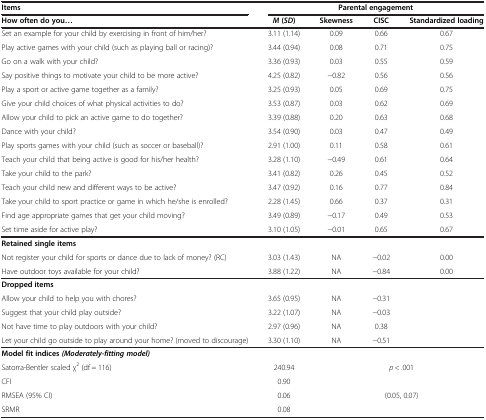
<table><thead><tr><td><b>Items</b></td><td colspan="4"><b>Parental engagement</b></td></tr><tr><td><b>How often do you...</b></td><td><b><i>M </i>( <i>SD </i>)</b></td><td><b>Skewness</b></td><td><b>CISC</b></td><td><b>Standardized loading</b></td></tr></thead><tbody><tr><td>Set an example for your child by exercising in front of him/her?</td><td>3.11 (1.14)</td><td>0.09</td><td>0.66</td><td>0.67</td></tr><tr><td>Play active games with your child (such as playing ball or racing)?</td><td>3.44 (0.94)</td><td>0.08</td><td>0.71</td><td>0.75</td></tr><tr><td>Go on a walk with your child?</td><td>3.36 (0.93)</td><td>0.03</td><td>0.55</td><td>0.59</td></tr><tr><td>Say positive things to motivate your child to be more active?</td><td>4.25 (0.82)</td><td>-0.82</td><td>0.56</td><td>0.56</td></tr><tr><td>Play a sport or active game together as a family?</td><td>3.25 (0.93)</td><td>0.05</td><td>0.69</td><td>0.75</td></tr><tr><td>Give your child choices of what physical activities to do?</td><td>3.53 (0.87)</td><td>0.03</td><td>0.62</td><td>0.69</td></tr><tr><td>Allow your child to pick an active game to do together?</td><td>3.39 (0.88)</td><td>0.20</td><td>0.63</td><td>0.68</td></tr><tr><td>Dance with your child?</td><td>3.54 (0.90)</td><td>0.03</td><td>0.47</td><td>0.49</td></tr><tr><td>Play sports games with your child (such as soccer or baseball)?</td><td>2.91 (1.00)</td><td>0.11</td><td>0.58</td><td>0.61</td></tr><tr><td>Teach your child that being active is good for his/her health?</td><td>3.28 (1.10)</td><td>-0.49</td><td>0.61</td><td>0.64</td></tr><tr><td>Take your child to the park?</td><td>3.41 (0.82)</td><td>0.26</td><td>0.45</td><td>0.52</td></tr><tr><td>Teach your child new and different ways to be active?</td><td>3.47 (0.92)</td><td>0.16</td><td>0.77</td><td>0.84</td></tr><tr><td>Take your child to sport practice or game in which he/she is enrolled?</td><td>2.28 (1.45)</td><td>0.66</td><td>0.37</td><td>0.31</td></tr><tr><td>Find age appropriate games that get your child moving?</td><td>3.49 (0.89)</td><td>-0.17</td><td>0.49</td><td>0.53</td></tr><tr><td>Set time aside for active play?</td><td>3.10 (1.05)</td><td>-0.01</td><td>0.65</td><td>0.67</td></tr><tr><td><b>Retained single items</b></td><td> </td><td> </td><td> </td><td> </td></tr><tr><td>Not register your child for sports or dance due to lack of money? (RC)</td><td>3.03 (1.43)</td><td>NA</td><td>-0.02</td><td>0.00</td></tr><tr><td>Have outdoor toys available for your child?</td><td>3.88 (1.22)</td><td>NA</td><td>-0.84</td><td>0.00</td></tr><tr><td><b>Dropped items</b></td><td> </td><td> </td><td> </td><td> </td></tr><tr><td>Allow your child to help you with chores?</td><td>3.65 (0.95)</td><td>NA</td><td>-0.31</td><td> </td></tr><tr><td>Suggest that your child play outside?</td><td>3.22 (1.07)</td><td>NA</td><td>-0.03</td><td> </td></tr><tr><td>Not have time to play outdoors with your child?</td><td>2.97 (0.96)</td><td>NA</td><td>0.38</td><td> </td></tr><tr><td>Let your child go outside to play around your home? (moved to discourage)</td><td>3.30 (1.10)</td><td>NA</td><td>-0.51</td><td> </td></tr><tr><td><b>Model fit indices </b><b><i>(Moderately-fitting model)</i></b></td><td> </td><td colspan="3"> </td></tr><tr><td>Satorra-Bentler scaled χ<sup>2</sup> (df = 116)</td><td>240.94</td><td colspan="3"><i>p</i> &lt; .001</td></tr><tr><td>CFI</td><td>0.90</td><td colspan="3"> </td></tr><tr><td>RMSEA (95% CI)</td><td>0.06</td><td colspan="3">(0.05, 0.07)</td></tr><tr><td>SRMR</td><td>0.08</td><td colspan="3"> </td></tr></tbody></table>